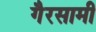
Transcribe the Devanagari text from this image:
गैरसामी